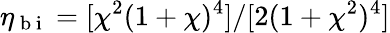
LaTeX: \eta_{\mathrm{~b~i~}}=[\chi^{2}(1+\chi)^{4}]/[2(1+\chi^{2})^{4}]